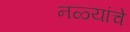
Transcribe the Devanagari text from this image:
नळ्यांचे